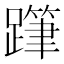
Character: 𨅗